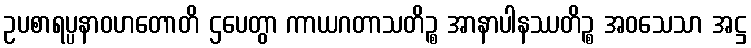
ဥပစာရပ္ပနာဝဟတောတိ ဌပေတွာ ကာယဂတာသတိဉ္စ အာနာပါနဿတိဉ္စ အဝသေသာ အဋ္ဌ